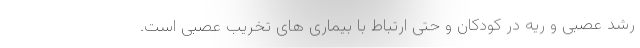
رشد عصبی و ریه در کودکان و حتی ارتباط با بیماری های تخریب عصبی است.